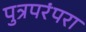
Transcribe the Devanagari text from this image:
पुत्रपरंपरा